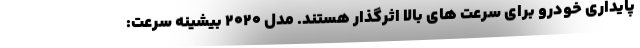
پایداری خودرو برای سرعت های بالا اثرگذار هستند. مدل 2020 بیشینه سرعت: